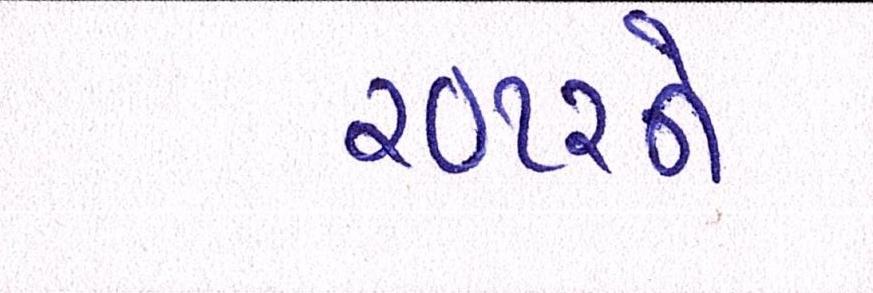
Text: ૨૦૧૨ને